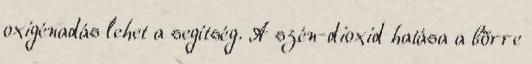
oxigénadás lehet a segítség. A szén-dioxid hatása a bõrre